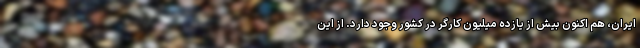
ایران، هم اکنون بیش از یازده میلیون کارگر در کشور وجود دارد. از این